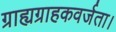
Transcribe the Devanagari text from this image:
ग्राह्यग्राहकवर्जता।